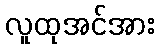
လူထုအင်အား